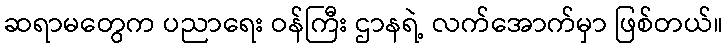
ဆရာမတွေက ပညာရေး ဝန်ကြီး ဌာနရဲ့ လက်အောက်မှာ ဖြစ်တယ်။